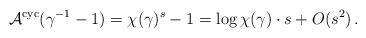
LaTeX: \begin{align*} \mathcal{A}^{\rm cyc}(\gamma^{-1}-1)=\chi(\gamma)^s-1=\log\chi(\gamma)\cdot s+O(s^2)\,. \end{align*}